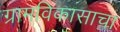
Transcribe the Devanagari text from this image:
ग्रामविकासाचा